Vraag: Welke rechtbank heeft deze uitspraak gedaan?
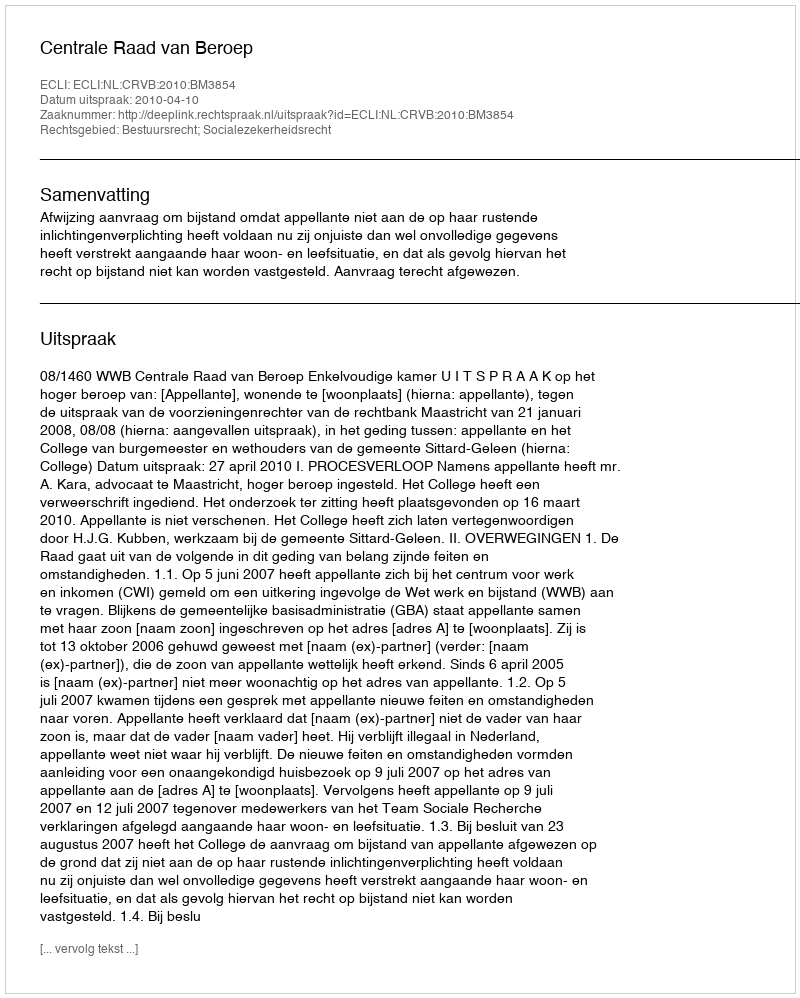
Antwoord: Centrale Raad van Beroep